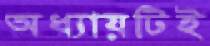
অধ্যায়টিই